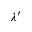
\lambda ^ { \prime }